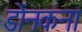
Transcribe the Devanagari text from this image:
डोंनकना